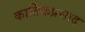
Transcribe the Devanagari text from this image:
कार्तिकप्रसाद